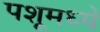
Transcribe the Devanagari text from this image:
पशूमध्यें